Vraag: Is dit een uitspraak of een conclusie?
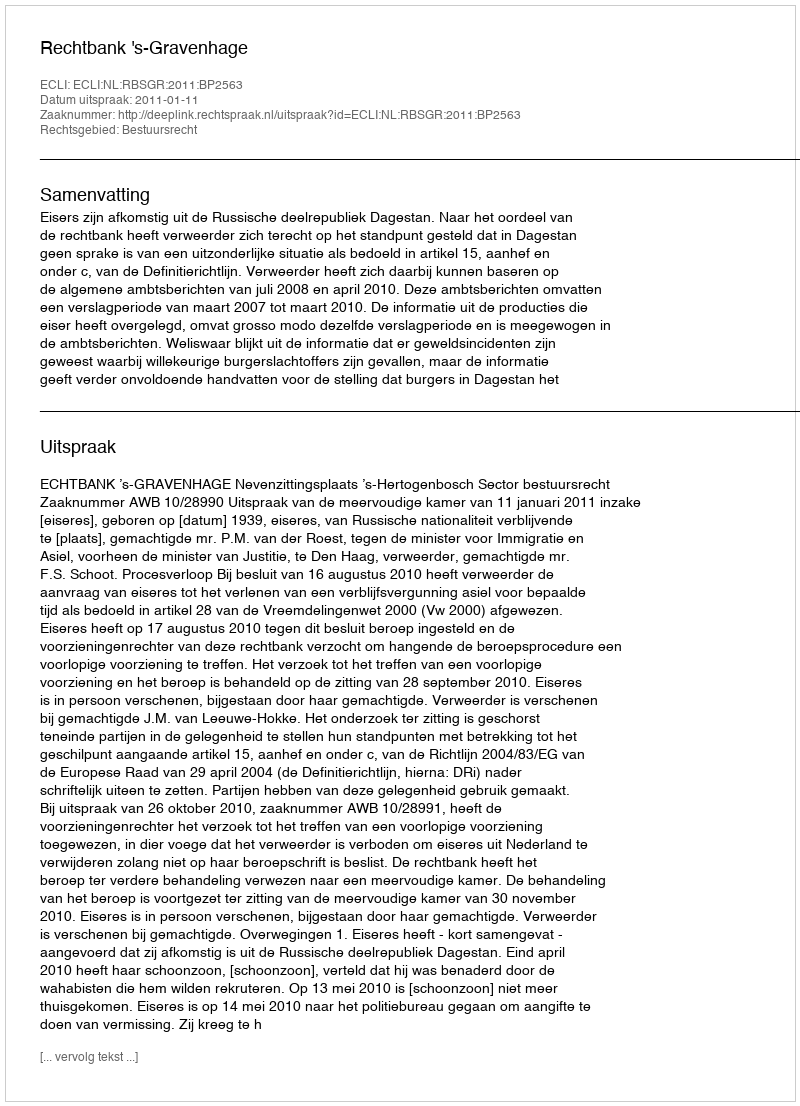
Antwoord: Uitspraak